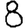
Digit: 8